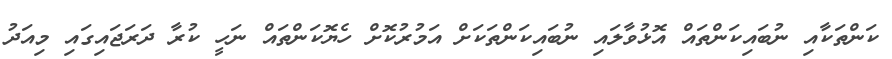
ކަންތަކާއި ނުބައިކަންތައް އޮޅުވާލައި ނުބައިކަންތަކަށް އަމުރުކޮށް ހެޔޮކަންތައް ނަހީ ކުރާ ދަރަޖައިގައި މިއަދު